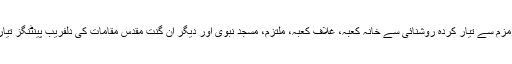
اس کے بعد اس نے اپنے دست ہنر سے زمزم سے تیار کردہ روشنائی سے خانہ کعبہ، غلاف کعبہ، ملتزم، مسجد نبوی اور دیگر ان گنت مقدس مقامات کی دلفریب پینٹنگز تیار کی جن کا چار دانگ عالم میں چرچا ہے۔